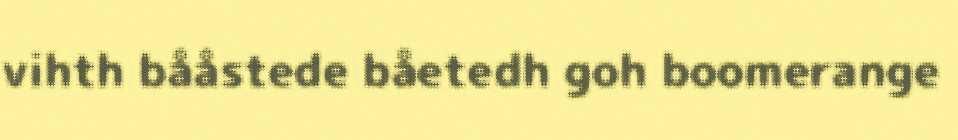
vihth bååstede båetedh goh boomerange